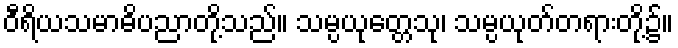
ဝီရိယသမာဓိပညာတို့သည်။ သမ္ပယုတ္တေသု၊ သမ္ပယုတ်တရားတို့၌။